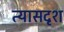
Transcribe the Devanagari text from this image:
त्यासदृश